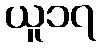
ယူ၁၇